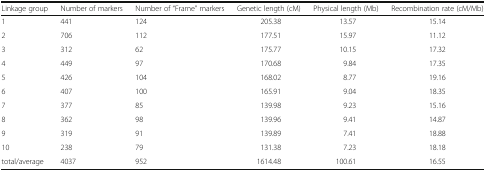
<table><thead><tr><td><b>Linkage group</b></td><td><b>Number of markers</b></td><td><b>Number of “Frame” markers</b></td><td><b>Genetic length (cM)</b></td><td><b>Physical length (Mb)</b></td><td><b>Recombination rate (cM/Mb)</b></td></tr></thead><tbody><tr><td>1</td><td>441</td><td>124</td><td>205.38</td><td>13.57</td><td>15.14</td></tr><tr><td>2</td><td>706</td><td>112</td><td>177.51</td><td>15.97</td><td>11.12</td></tr><tr><td>3</td><td>312</td><td>62</td><td>175.77</td><td>10.15</td><td>17.32</td></tr><tr><td>4</td><td>449</td><td>97</td><td>170.68</td><td>9.84</td><td>17.35</td></tr><tr><td>5</td><td>426</td><td>104</td><td>168.02</td><td>8.77</td><td>19.16</td></tr><tr><td>6</td><td>407</td><td>100</td><td>165.91</td><td>9.04</td><td>18.35</td></tr><tr><td>7</td><td>377</td><td>85</td><td>139.98</td><td>9.23</td><td>15.16</td></tr><tr><td>8</td><td>362</td><td>98</td><td>139.96</td><td>9.41</td><td>14.87</td></tr><tr><td>9</td><td>319</td><td>91</td><td>139.89</td><td>7.41</td><td>18.88</td></tr><tr><td>10</td><td>238</td><td>79</td><td>131.38</td><td>7.23</td><td>18.18</td></tr><tr><td>total/average</td><td>4037</td><td>952</td><td>1614.48</td><td>100.61</td><td>16.55</td></tr></tbody></table>